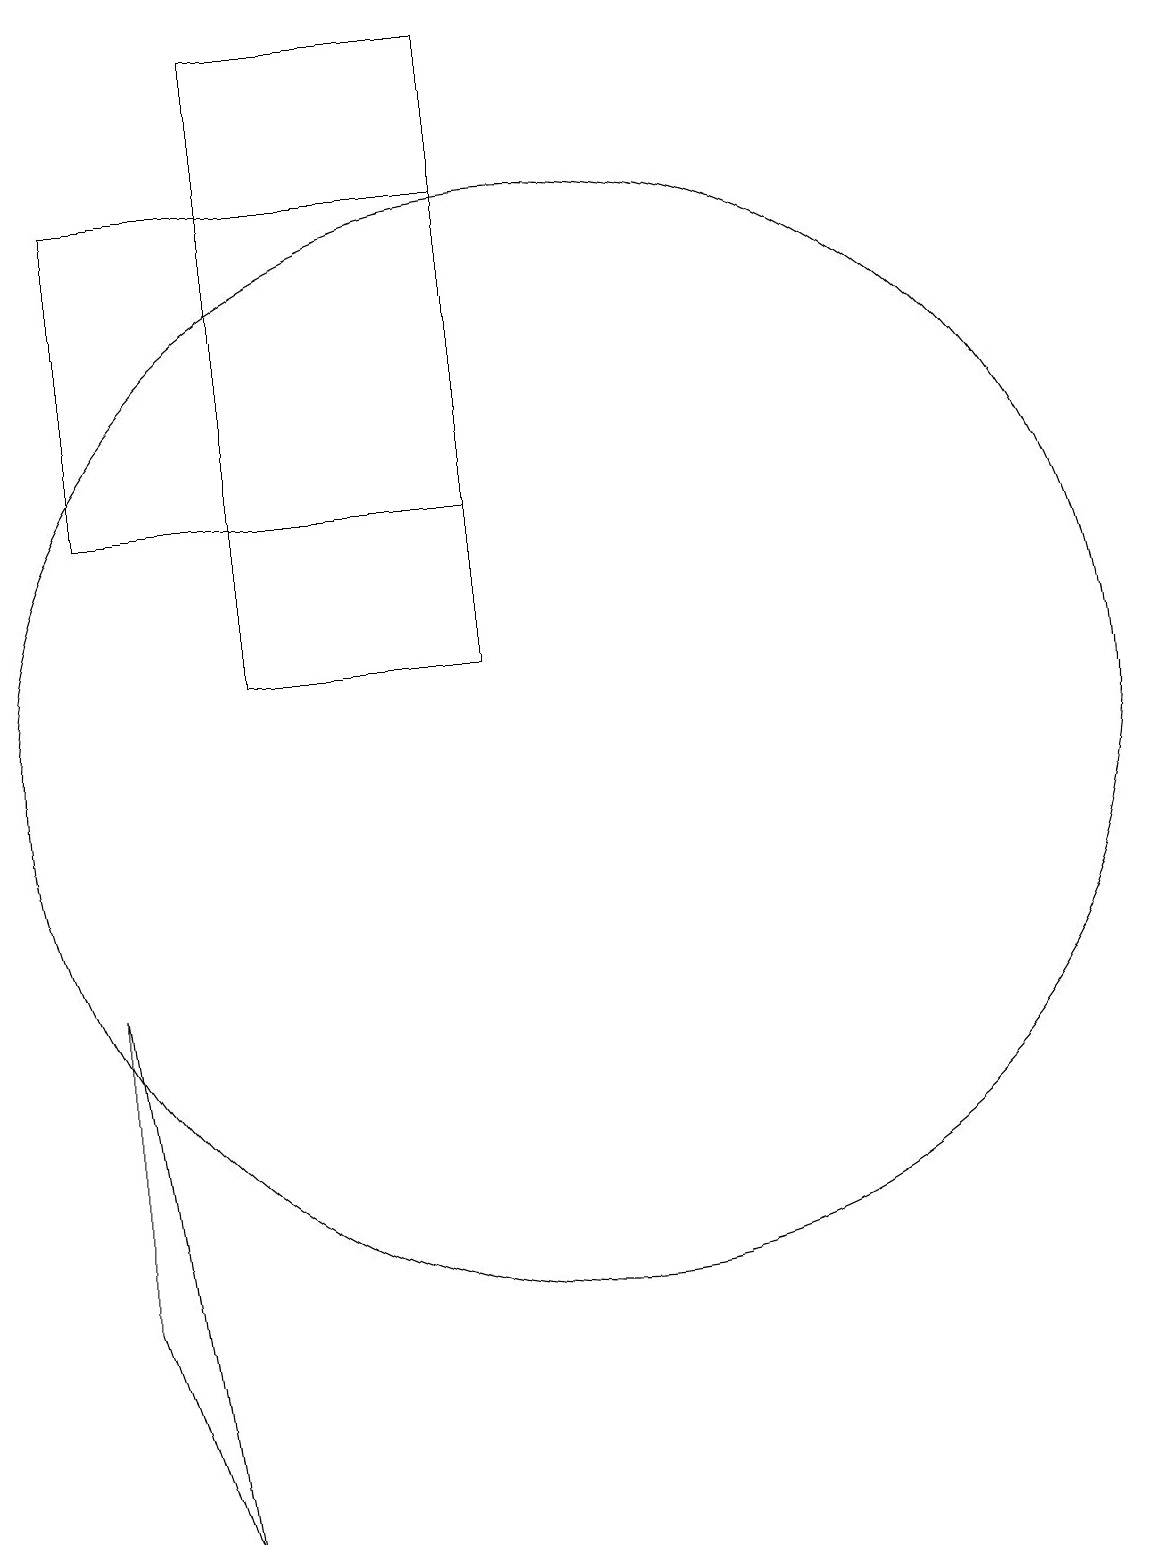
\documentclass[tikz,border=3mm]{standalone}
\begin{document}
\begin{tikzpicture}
\draw (11,10) circle (0);
\draw (9,11) rectangle (6,19);
\draw (10,10) circle (7);
\draw (12,12) circle (0);
\draw (4,17) rectangle (9,13);
\draw (4,7) -- (5,0) -- (4,3) -- cycle;
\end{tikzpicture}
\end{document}